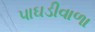
પાઘડીવાળા